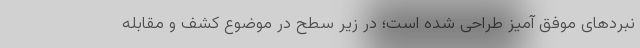
نبردهای موفق آمیز طراحی شده است؛ در زیر سطح در موضوع کشف و مقابله